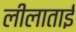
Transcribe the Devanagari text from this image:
लीलाताईं